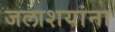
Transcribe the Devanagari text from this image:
जलाशयांना